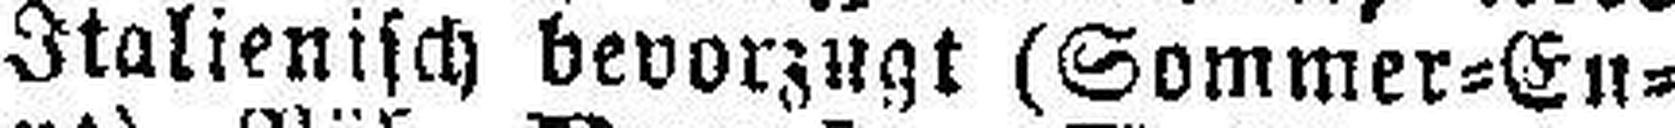
Italienisch bevorzugt (Sommer=En¬